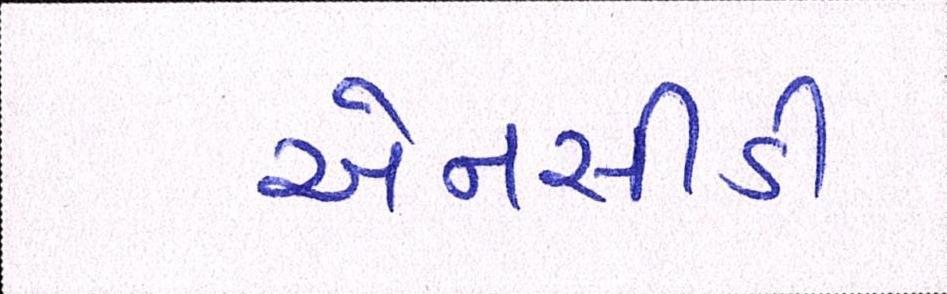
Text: એનસીડી